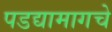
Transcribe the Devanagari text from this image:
पडद्यामागचे